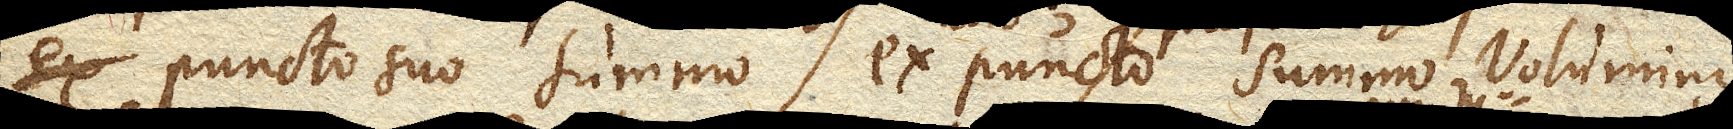
ex puncto suo summo ex puncto summo voluminis